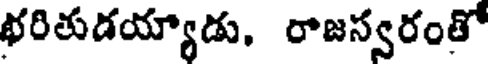
భరితుడయ్యాడు. రాజస్వరంతో